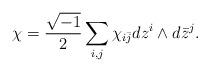
LaTeX: \begin{align*}\chi = \frac{\sqrt{-1}}{2} \sum_{i,j} \chi_{i\bar j} d z^i \wedge d\bar z^j.\end{align*}